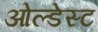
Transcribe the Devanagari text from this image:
ओल्डेस्ट